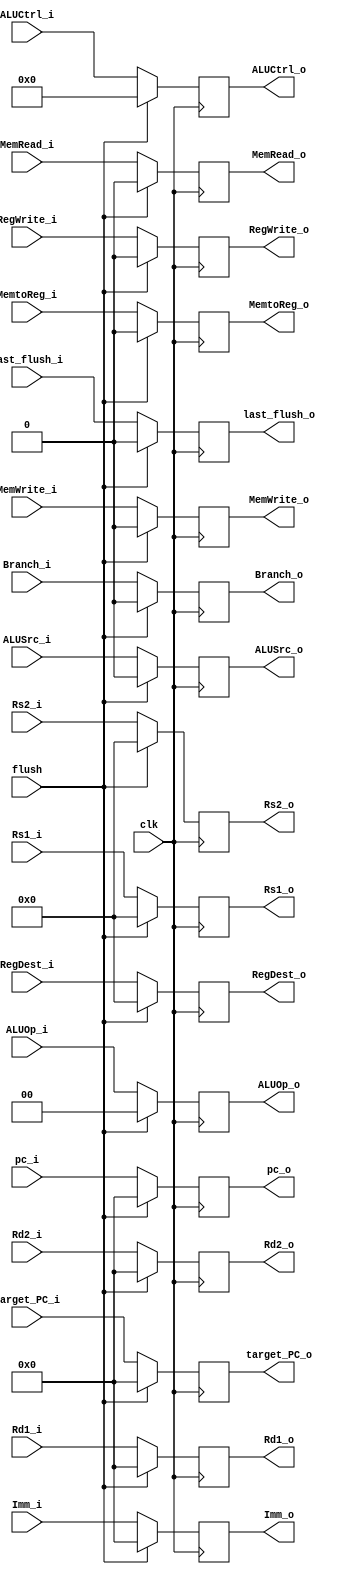
module RegIDEX(
    RegWrite_i,
    MemtoReg_i,
    MemRead_i,
    MemWrite_i,
    ALUOp_i,
    ALUSrc_i,
    Rd1_i,
    Rd2_i,
    Imm_i,
    ALUCtrl_i,
    RegDest_i,
    Rs1_i,
    Rs2_i,
    Branch_i,
    last_flush_i,
    flush,
    target_PC_i,
    pc_i,
    RegWrite_o,
    MemtoReg_o,
    MemRead_o,
    MemWrite_o,
    ALUOp_o,
    ALUSrc_o,
    Rd1_o,
    Rd2_o,
    Imm_o,
    ALUCtrl_o,
    RegDest_o,
    Rs1_o,
    Rs2_o,
    Branch_o,
    last_flush_o,
    target_PC_o,
    pc_o,
    clk
);

input clk;
input RegWrite_i;
input MemtoReg_i;
input MemRead_i;
input MemWrite_i;
input [1:0] ALUOp_i;
input ALUSrc_i;
input [31:0] Rd1_i;
input [31:0] Rd2_i;
input [31:0] Imm_i;
input [9:0] ALUCtrl_i;
input [4:0] RegDest_i;
input [4:0] Rs1_i;
input [4:0] Rs2_i;
input Branch_i;
input last_flush_i;
input flush;
input [31:0] target_PC_i;
input [31:0] pc_i;
output RegWrite_o;
output MemtoReg_o;
output MemRead_o;
output MemWrite_o;
output [1:0] ALUOp_o;
output ALUSrc_o;
output [31:0] Rd1_o;
output [31:0] Rd2_o;
output [31:0] Imm_o;
output [9:0] ALUCtrl_o;
output [4:0] RegDest_o;
output [4:0] Rs1_o;
output [4:0] Rs2_o;
output Branch_o;
output last_flush_o;
output [31:0] target_PC_o;
output [31:0] pc_o;

reg RegWrite;
reg MemtoReg;
reg MemRead;
reg MemWrite;
reg [1:0] ALUOp;
reg ALUSrc;
reg [31:0] Rd1;
reg [31:0] Rd2;
reg [31:0] Imm;
reg [9:0] ALUCtrl;
reg [4:0] RegDest;
reg [4:0] Rs1;
reg [4:0] Rs2;
reg Branching;
reg last_flush;
reg [31:0] target_PC;
reg [31:0] pc;

assign RegWrite_o = RegWrite;
assign MemtoReg_o = MemtoReg;
assign MemRead_o = MemRead;
assign MemWrite_o = MemWrite;
assign ALUOp_o = ALUOp;
assign ALUSrc_o = ALUSrc;
assign Rd1_o = Rd1;
assign Rd2_o = Rd2;
assign Imm_o = Imm;
assign ALUCtrl_o = ALUCtrl;
assign RegDest_o = RegDest;
assign Rs1_o = Rs1;
assign Rs2_o = Rs2;
assign Branch_o = Branching;
assign last_flush_o = last_flush;
assign target_PC_o = target_PC;
assign pc_o = pc;

always @(posedge clk) begin
    if(!flush) begin
        RegWrite <= RegWrite_i;
        MemtoReg <= MemtoReg_i;
        MemRead <= MemRead_i;
        MemWrite <= MemWrite_i;
        ALUOp <= ALUOp_i;
        ALUSrc <= ALUSrc_i;
        Rd1 <= Rd1_i;
        Rd2 <= Rd2_i;
        Imm <= Imm_i;
        ALUCtrl <= ALUCtrl_i;
        RegDest <= RegDest_i;
        Rs1 <= Rs1_i;
        Rs2 <= Rs2_i;
        Branching <= Branch_i;
        last_flush <= last_flush_i;
        target_PC <= target_PC_i;
        pc <= pc_i;
    end
    else begin
        RegWrite <= 0;
        MemtoReg <= 0;
        MemRead <= 0;
        MemWrite <= 0;
        ALUOp <= 0;
        ALUSrc <= 0;
        Rd1 <= 0;
        Rd2 <= 0;
        Imm <= 0;
        ALUCtrl <= 0;
        RegDest <= 0;
        Rs1 <= 0;
        Rs2 <= 0;
        Branching <= 0;
        last_flush <= 0;
        target_PC <= 0;
        pc <= 0;
    end
end

endmodule